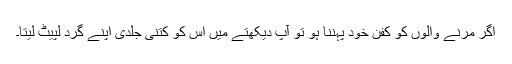
اگر مرنے والوں کو کفن خود پہننا ہو تو آپ دیکھتے میں اس کو کتنی جلدی اپنے گرد لپیٹ لیتا۔